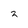
Character: 2